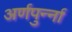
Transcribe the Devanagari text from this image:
अर्णपुर्न्ना